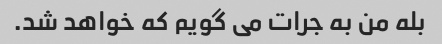
بله من به جرات می گویم که خواهد شد.